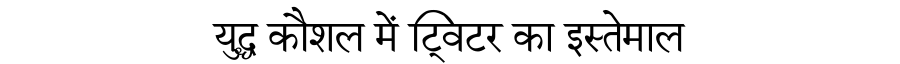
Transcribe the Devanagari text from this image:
युद्ध कौशल में ट्विटर का इस्तेमाल